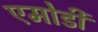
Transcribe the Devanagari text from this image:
एमोडी